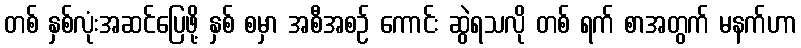
တစ် နှစ်လုံးအဆင်ပြေဖို့ နှစ် စမှာ အစီအစဉ် ကောင်း ဆွဲရသလို တစ် ရက် စာအတွက် မနက်ဟာ